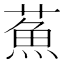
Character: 䔡